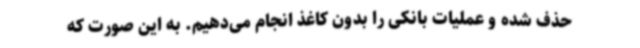
حذف شده و عملیات بانکی را بدون کاغذ انجام می‌دهیم. به این صورت که